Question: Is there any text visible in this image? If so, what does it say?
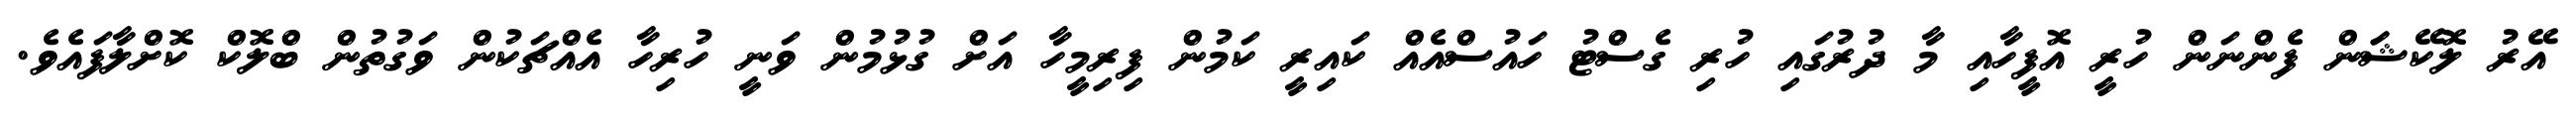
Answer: އޭރު ލޮކޭޝަަން ފެންނަން ހުރީ އޮފީހާއި މާ ދުރުގައި ހުރި ގެސްޓު ހައުސްއެއް ކައިރީ ކަމުން ފިރިމީހާ އަށް ގުޅުމުން ވަނީ ހުރިހާ އެއްޗަކުން ވަގުތުން ބްލޮކް ކޮށްލާފައެވެ.